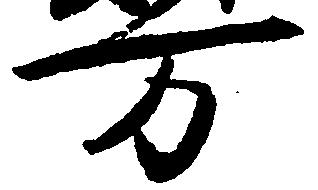
万